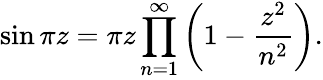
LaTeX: \sin\pi z=\pi z\prod_{n=1}^{\infty}\left(1-{\frac{z^{2}}{n^{2}}}\right).